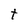
Character: t